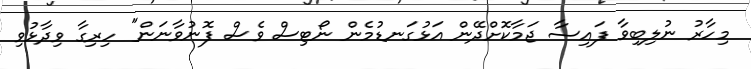
މިހާރު ނުލިބިވާ ފައިސާ ޖަމާކޮށްދޭން އަޅުގަނޑުމެން ނޯޓިސް ވެސް ފޮނުވާނަން" ހިރިގާ ވިދާޅުވި